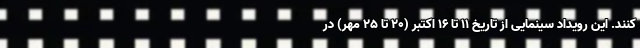
‌کنند. این رویداد سینمایی از تاریخ ۱۱ تا ۱۶ اکتبر (۲۰ تا ۲۵ مهر) در